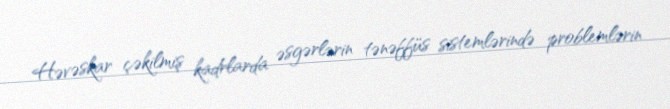
Həvəskar çəkilmiş kadrlarda əsgərlərin tənəffüs sistemlərində problemlərin